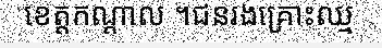
ខេត្តកណ្តាល ។ជនរងគ្រោះឈ្ម